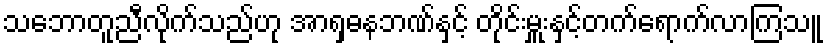
သဘောတူညီလိုက်သည်ဟု အာရှဓနဘဏ်နှင့် တိုင်းမှူးနှင့်တက်ရောက်လာကြသူ